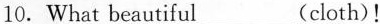
10.What beautiful___(cloth)!